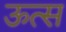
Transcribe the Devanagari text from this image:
ऊत्स